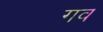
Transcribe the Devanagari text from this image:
गव